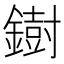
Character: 𫓄